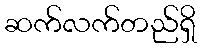
ဆက်လက်တည်ရှိ